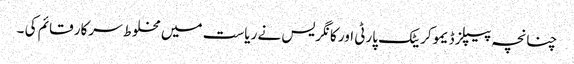
چنانچہ پیپلز ڈیموکریٹک پارٹی اور کانگریس نے ریاست میں مخلوط سرکار قائم کی ۔